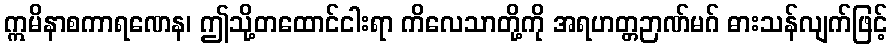
ဣမိနာစကာရဏေန၊ ဤသို့တထောင်ငါးရာ ကိလေသာတို့ကို အရဟတ္တဉာဏ်မဂ် ဓားသန်လျက်ဖြင့်